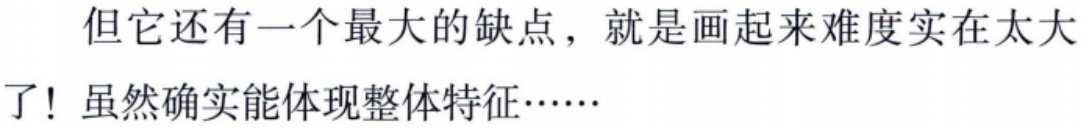
但它还有一个最大的缺点，就是画起来难度实在太大了! 虽然确实能体现整体特征……